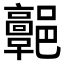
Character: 𩫩